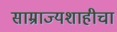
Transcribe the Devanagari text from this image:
साम्राज्यशाहीचा